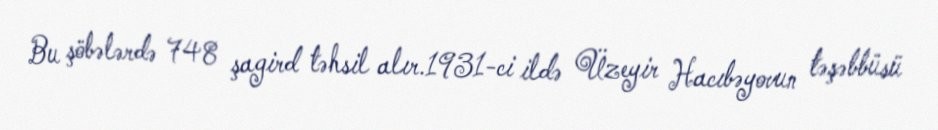
Bu şöbələrdə 748 şagird təhsil alır.1931-ci ildə Üzeyir Hacıbəyovun təşəbbüsü